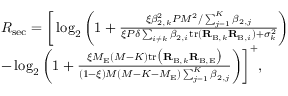
\begin{array} { r l } & { R _ { \mathrm { s e c } } = \bigg [ \log _ { 2 } \bigg ( 1 + \frac { \xi \beta _ { 2 , k } ^ { 2 } P M ^ { 2 } / \sum _ { j = 1 } ^ { K } \beta _ { 2 , j } } { \xi P \delta \sum _ { i \neq k } \beta _ { 2 , i } \mathrm { t r } ( \mathbf { R } _ { \mathrm { B } , k } \mathbf { R } _ { \mathrm { B } , i } ) + \sigma _ { k } ^ { 2 } } \bigg ) } \\ & { - \log _ { 2 } \bigg ( 1 + \frac { \xi M _ { \mathrm { E } } ( M - K ) \mathrm { t r } \big ( { \bf R } _ { \mathrm { B } , k } { \bf R } _ { \mathrm { B , E } } \big ) } { ( 1 - \xi ) M ( M - K - M _ { \mathrm { E } } ) \sum _ { j = 1 } ^ { K } \beta _ { 2 , j } } \bigg ) \bigg ] ^ { + } , } \end{array}